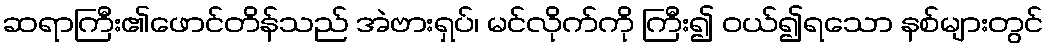
ဆရာကြီး၏ဖောင်တိန်သည် အဲဗားရှပ်၊ မင်လိုက်ကို ကြီး၍ ဝယ်၍ရသော နစ်များတွင်